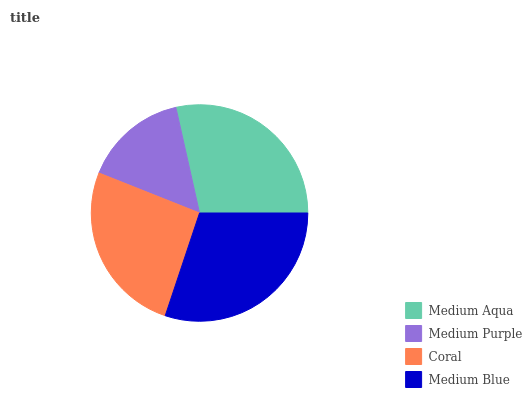
| Medium Aqua | Medium Purple | Coral | Medium Blue |
 | --- | --- | --- | --- |
 | 28.5% | 15.5% | 25.9% | 30.1% |